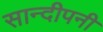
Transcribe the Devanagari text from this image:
सान्दीपनी